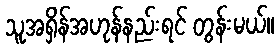
သူအရှိန်အဟုန်နည်းရင် တွန်းမယ်။